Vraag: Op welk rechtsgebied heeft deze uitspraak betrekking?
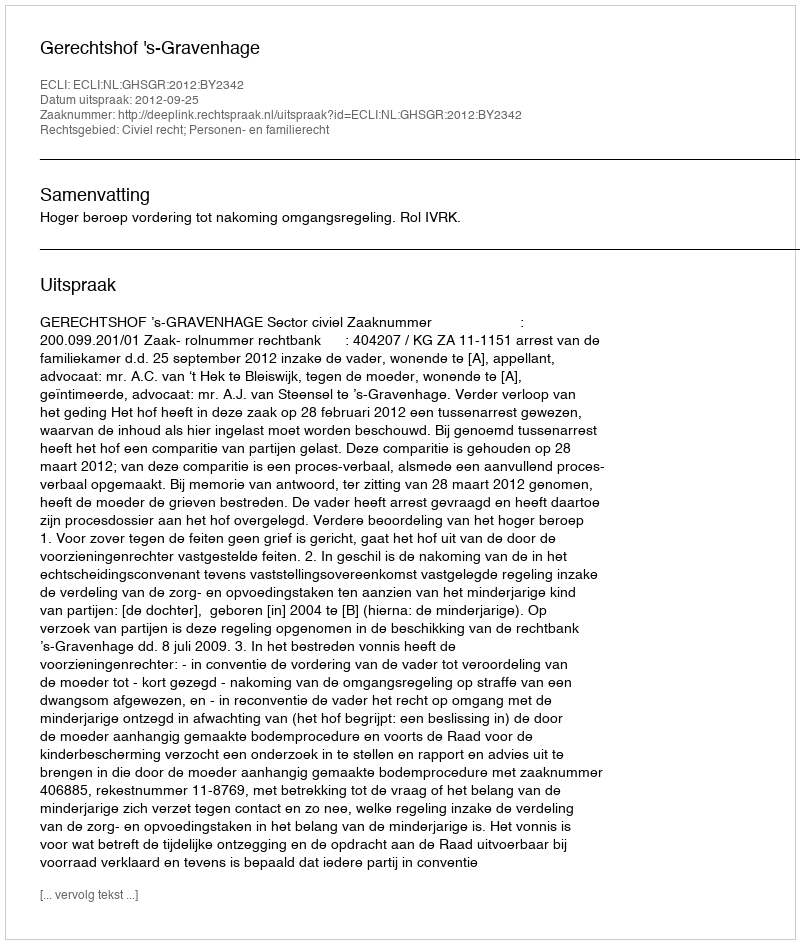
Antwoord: Civiel recht; Personen- en familierecht